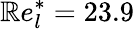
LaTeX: \mathbb{R}e_{l}^{\ast}=23.9